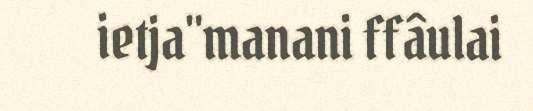
ietja"manani ffâulai